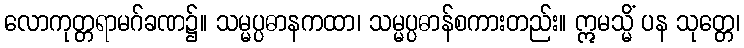
လောကုတ္တရာမဂ်ခဏ၌။ သမ္မပ္ပဓာနကထာ၊ သမ္မပ္ပဓာန်စကားတည်း။ ဣမသ္မိံ ပန သုတ္တေ၊